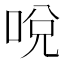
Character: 哾